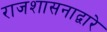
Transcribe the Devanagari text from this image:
राजशासनाद्वारे